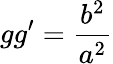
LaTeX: gg^{\prime}={\frac{b^{2}}{a^{2}}}